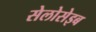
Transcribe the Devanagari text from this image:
सेलोसेइब